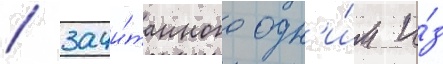
/ зачи́танного одн'и́м и́з